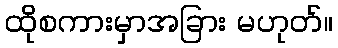
ထိုစကားမှာအခြား မဟုတ်။